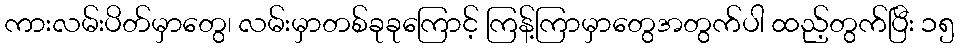
ကားလမ်းပိတ်မှာတွေ၊ လမ်းမှာတစ်ခုခုကြောင့် ကြန့်ကြာမှာတွေအတွက်ပါ ထည့်တွက်ပြီး ၁၅